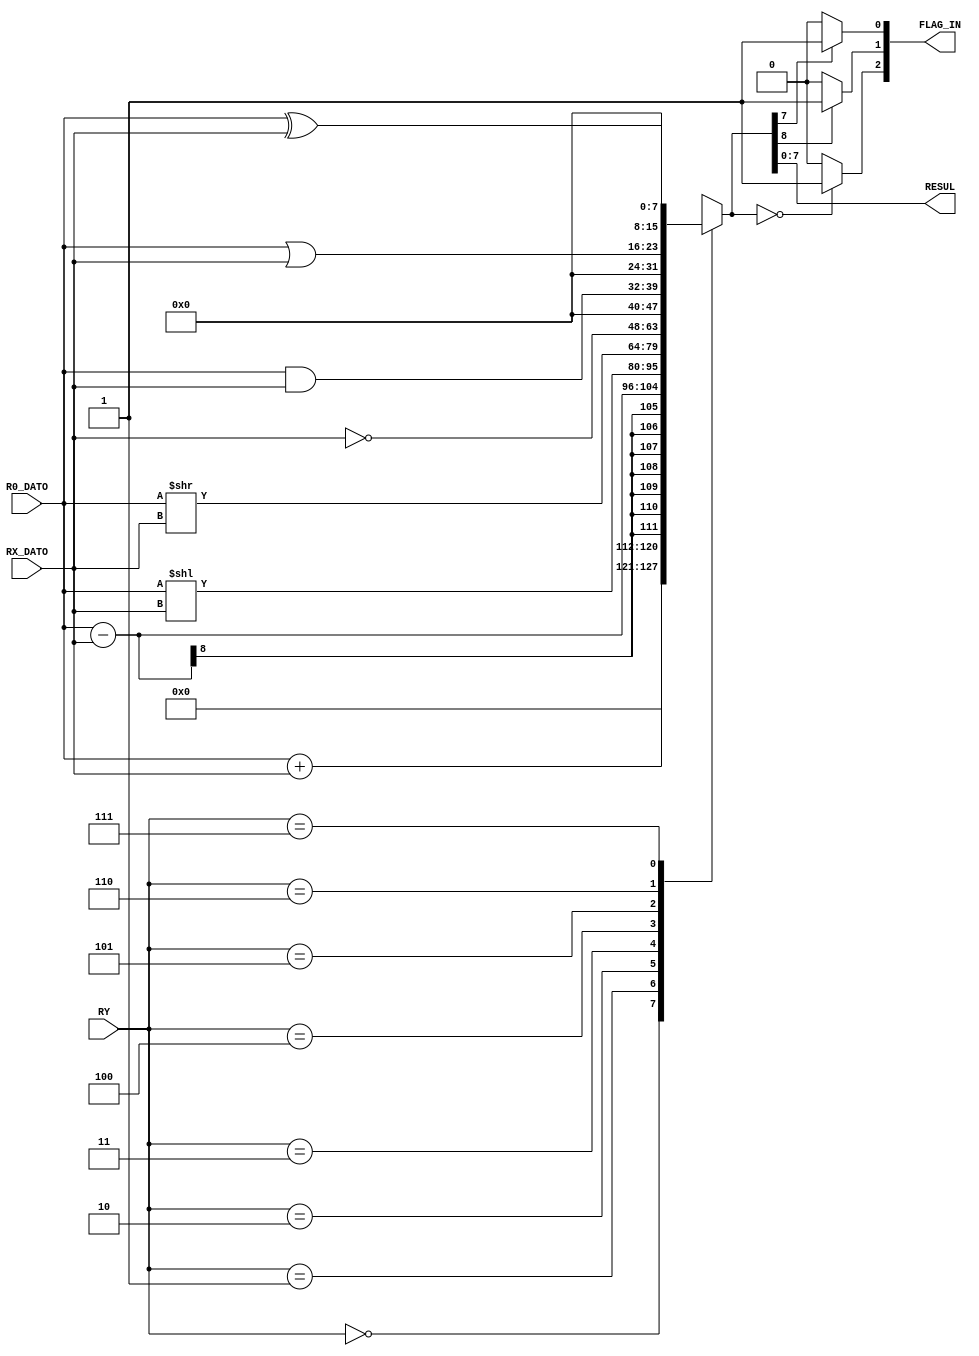
`timescale 1ns / 1ps

module ALU(
    input [7:0] RX_DATO,
    input [7:0] R0_DATO,
    input [2:0] RY,
    output reg [2:0] FLAG_IN,
    output [7:0] RESUL
    );

reg [15:0] VALOR;

assign RESUL = VALOR[7:0];
    always@*
        begin
            case(RY)
                3'b000: VALOR <= R0_DATO + RX_DATO;
                3'b001: VALOR <= R0_DATO - RX_DATO;
                3'b010: VALOR <= R0_DATO << RX_DATO;
                3'b011: VALOR <= R0_DATO >> RX_DATO;
                3'b100: VALOR <= ~RX_DATO;
                3'b101: VALOR <= R0_DATO & RX_DATO;
                3'b110: VALOR <= R0_DATO | RX_DATO;
                3'b111: VALOR <= R0_DATO ^ RX_DATO;
                default: VALOR<= 8'b00000000;
            endcase
            if (VALOR[8] == 1) //CARRY
                FLAG_IN[1] <= 1;
            else FLAG_IN[1] <= 0;
            if (VALOR == 9'b000000000)   //ZERO
                FLAG_IN[2] <= 1;
            else FLAG_IN[2] <= 0;
            if (VALOR[7] == 1'b1)       //SIGN
                FLAG_IN[0] <= 1;
            else FLAG_IN[0] <= 0;
        end
endmodule